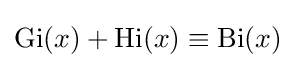
\mathrm {Gi} (x)+\mathrm {Hi} (x)\equiv \mathrm {Bi} (x)